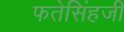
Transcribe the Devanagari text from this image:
फतेसिंहजी